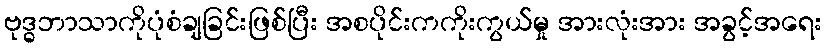
ဗုဒ္ဓဘာသာကိုပုံစံချခြင်းဖြစ်ပြီး အစပိုင်းကကိုးကွယ်မှု အားလုံးအား အခွင့်အရေး